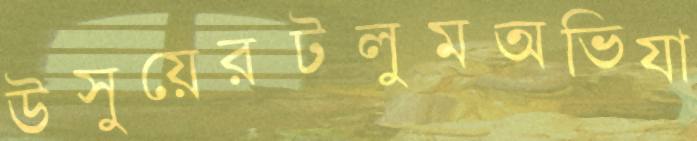
উসুয়েরটলুমঅভিযা